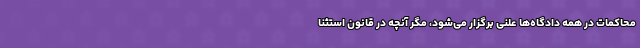
محاکمات در همه دادگاه‌ها علنی برگزار می‌شود، مگر آنچه در قانون استثنا